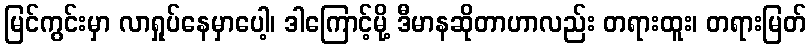
မြင်ကွင်းမှာ လာရှုပ်နေမှာပေါ့၊ ဒါကြောင့်မို့ ဒီမာနဆိုတာဟာလည်း တရားထူး၊ တရားမြတ်